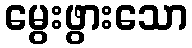
မွေးဖွားသော